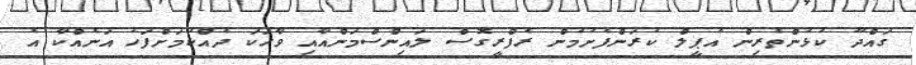
ގައްދޫ ކުޅުންތެރިން އެޕީލް ކުރަންފެށުމުން ރެފްރީގޮސް ލައިންސްމަންއާއި ވާހަކަ ދެއްކުމަށްފަހު އަނެއްކާ އެ